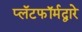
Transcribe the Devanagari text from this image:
प्लॅटफॉर्मद्वारे